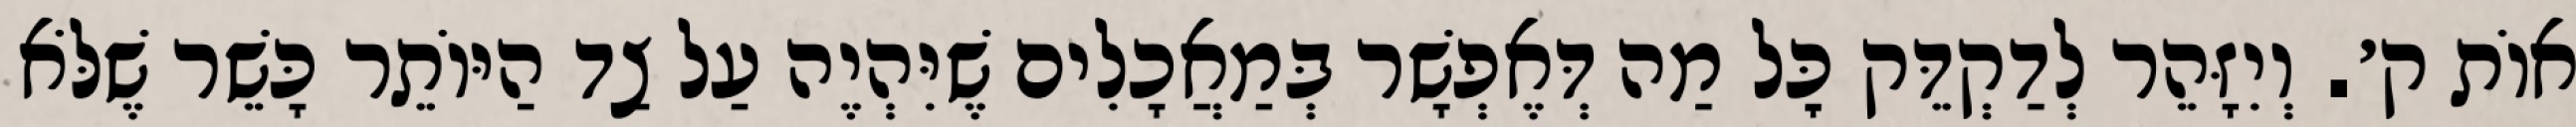
אוֹת ק׳. וְיִזָּהֵר לְדַקְדֵּק כׇּל מַה דְּאֶפְשָׁר בְּמַאֲכָלִים שֶׁיִּהְיֶה עַל צַד הַיּוֹתֵר כָּשֵׁר שֶׁלֹּא